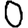
Digit: 0